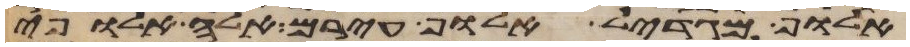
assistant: אלוף מגדאל אלוף עירם אלה אלופי